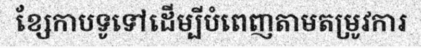
ខ្សែកាបទូទៅដើម្បីបំពេញតាមតម្រូវការ